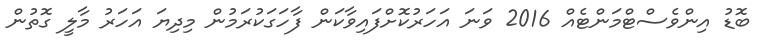
ބޮޑު އިންވެސްޓްމަންޓެއް 2016 ވަނަ އަހަރުކޮށްފައިވާކަން ފާހަގަކުރަމުން މިދިޔަ އަހަރު މާލީ ގޮތުން